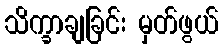
သိက္ခာချခြင်း မှတ်ဖွယ်